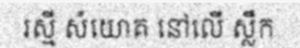
រស្មី សំយោគ នៅលើ ស្លឹក